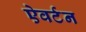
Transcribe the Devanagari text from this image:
ऐवर्टन